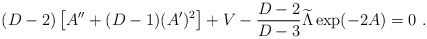
\begin{align*} (D-2)\left[A^{\prime\prime}+(D-1)(A^\prime)^2\right]+V- {{D-2}\over{D-3}}{\widetilde\Lambda}\exp(-2A)=0~.\end{align*}